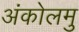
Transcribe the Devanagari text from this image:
अंकोलमु